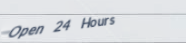
Open 24 Hours